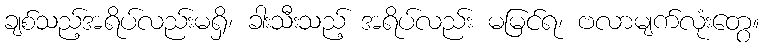
ချစ်သည့်အရိပ်လည်းမရှိ၊ ခါးသီးသည့် အရိပ်လည်း မမြင်ရ၊ ဗလာမျက်လုံးတွေ။